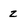
Character: z